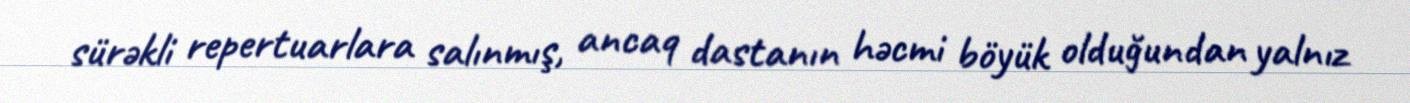
sürəkli repertuarlara salınmış, ancaq dastanın həcmi böyük olduğundan yalnız